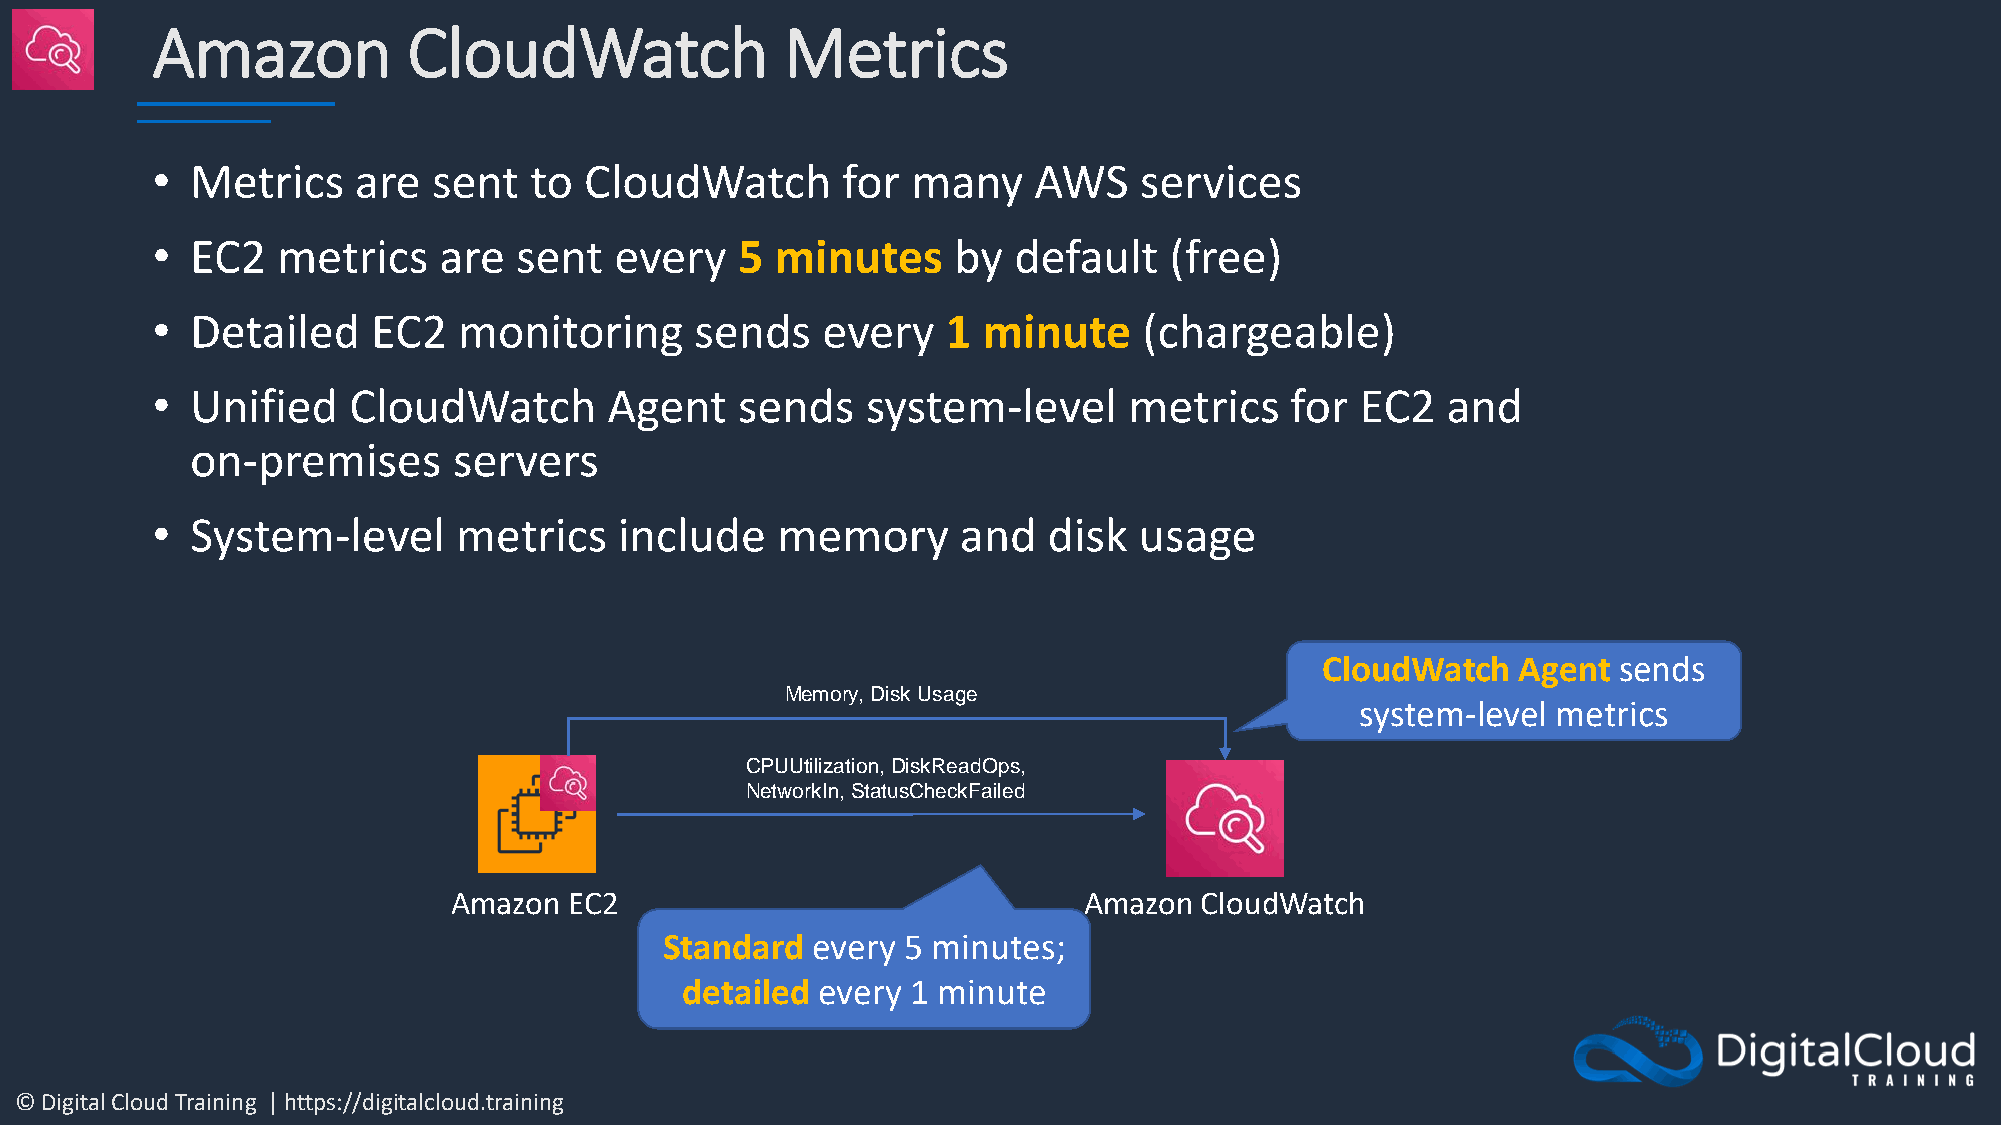
Amazon           CloudWatch               Metrics
 •  Metrics   are   sent  to  CloudWatch       for many    AWS    services
 •  EC2  metrics    are  sent   every   5 minutes     by  default   (free)
 •  Detailed    EC2  monitoring      sends   every    1 minute     (chargeable)
 •  Unified   CloudWatch       Agent    sends   system-level      metrics   for  EC2   and
 on-premises      servers
 •  System-level     metrics    include   memory       and  disk  usage
 CloudWatch   Agent  sends
 Memory, Disk Usage
 system-level metrics
 CPUUtilization, DiskReadOps,
 NetworkIn, StatusCheckFailed
 Amazon  EC2                               Amazon CloudWatch
 Standard  every 5 minutes;
 detailed every 1 minute
 © Digital Cloud Training | https://digitalcloud.training